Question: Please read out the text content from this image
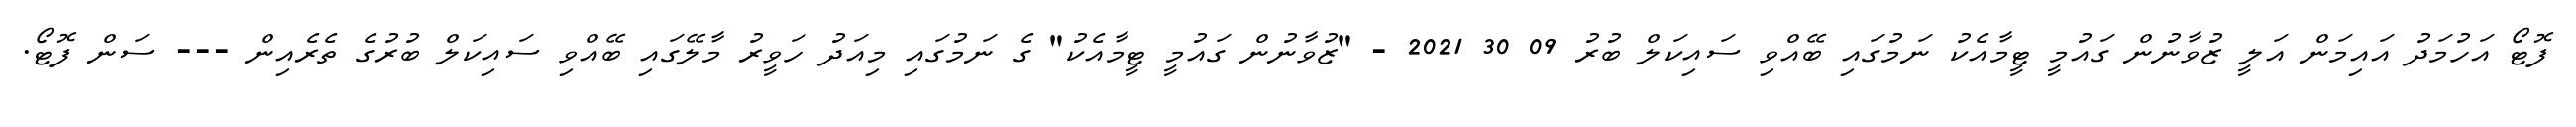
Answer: ފޮޓޯ އަހުމަދު އައިމަން އަލީ ޒުވާނުން ގައުމީ ޓީމާއެކު ނަމުގައި ބޭއްވި ސައިކަލް ބުރު 09 30 2021 - "ޒުވާނުން ގައުމީ ޓީމާއެކު" ގެ ނަމުގައި މިއަދު ހަވީރު މާލޭގައި ބޭއްވި ސައިކަލް ބުރުގެ ތެރެއިން --- ސަން ފޮޓޯ.